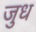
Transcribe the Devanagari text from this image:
जुध